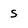
Character: S